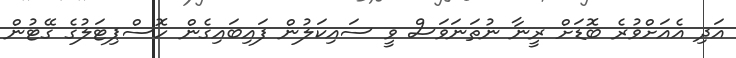
އަދި އެއަށްވުރެ ބޮޑަށް ރީނާ ނުތަނަވަސް ވީ ސައިކަލުން ފައިބައިގެން ހޮސްޕިޓަލުގެ ގޭޓުން